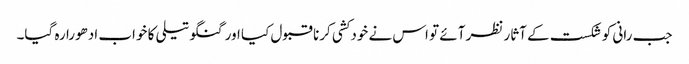
جب رانی کو شکست کے آثار نظر آئے تو اس نے خودکشی کرنا قبول کیا اور گنگو تیلی کا خواب ادھورا رہ گیا۔